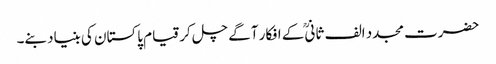
حضرت مجدد الف ثانیؒ کے افکار آگے چل کر قیام پاکستان کی بنیاد بنے۔